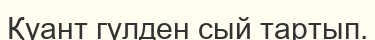
Қуант гүлден сый тартып.